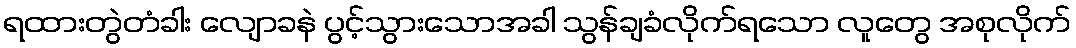
ရထားတွဲတံခါး လျောခနဲ ပွင့်သွားသောအခါ သွန်ချခံလိုက်ရသော လူတွေ အစုလိုက်